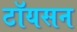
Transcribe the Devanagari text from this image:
टॉयसन